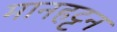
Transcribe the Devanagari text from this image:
मानहट्टन